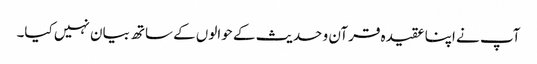
آپ نے اپنا عقیدہ قرآن و حدیث کے حوالوں کےساتھ بیان نہیں کیا۔